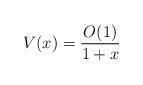
LaTeX: \begin{align*} V(x)=\frac{O(1)}{1+x}\end{align*}